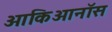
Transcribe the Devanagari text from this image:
ओकिआनॉस